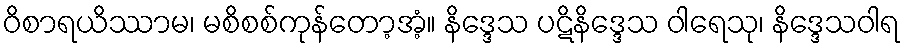
ဝိစာရယိဿာမ၊ မစိစစ်ကုန်တော့အံ့။ နိဒ္ဒေသ ပဋိနိဒ္ဒေသ ဝါရေသု၊ နိဒ္ဒေသဝါရ